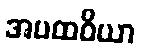
အပထဝိယာ